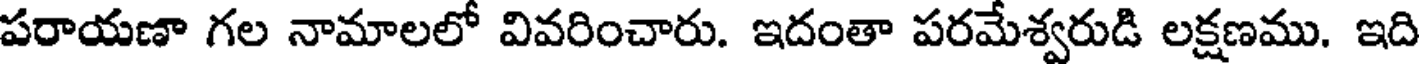
పరాయణా గల నామాలలో వివరించారు. ఇదంతా పరమేశ్వరుడి లక్షణము. ఇది